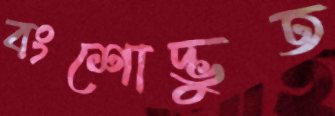
বংশোদ্ভুত